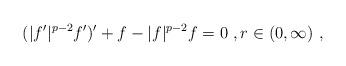
LaTeX: \begin{align*}(|f'|^{p-2} f')' + f - |f|^{p-2}f = 0\ , r\in (0,\infty)\ ,\end{align*}